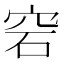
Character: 𥥔